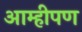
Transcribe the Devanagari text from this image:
आम्हीपण